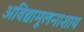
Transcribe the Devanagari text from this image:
अविद्यामूलनाशाय